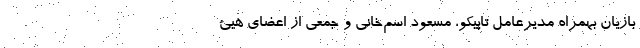
بازیان بهمراه مدیرعامل تاپیکو، مسعود اسم‌خانی و جمعی از اعضای هیئ